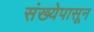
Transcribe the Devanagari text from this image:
संख्येपासून